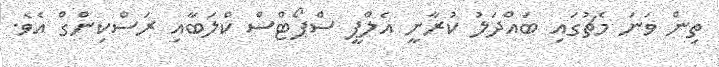
ތިން ވަނަ މެޗުގައި ބައްދަލު ކުރާނީ އެލްޕީ ސްޕޯޓްސް ކްލަބާއި ރަސްކިންގް އެވެ.